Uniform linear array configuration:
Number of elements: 64
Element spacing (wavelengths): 1
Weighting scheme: kaiser
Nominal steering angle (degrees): -60
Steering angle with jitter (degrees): -59.293
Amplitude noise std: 0.05
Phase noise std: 0.05

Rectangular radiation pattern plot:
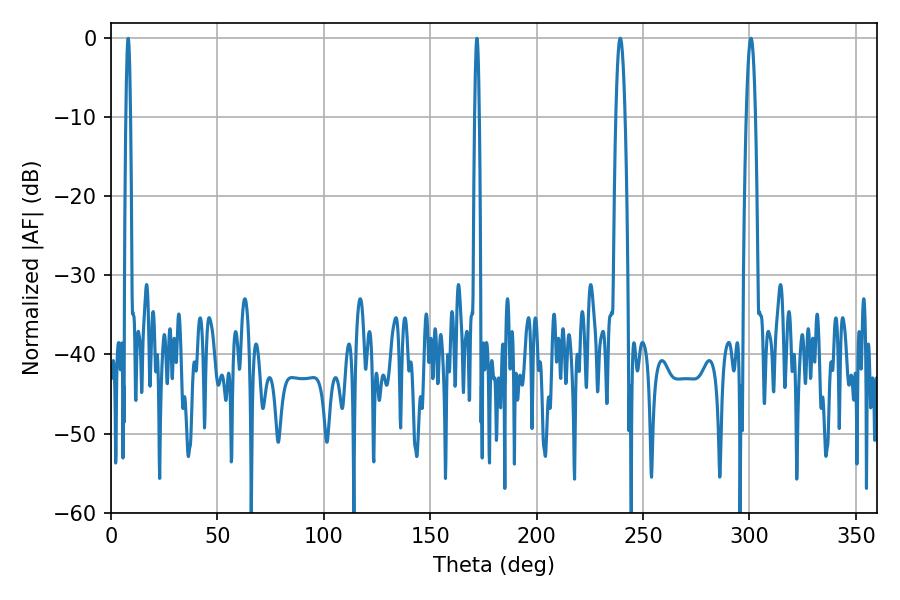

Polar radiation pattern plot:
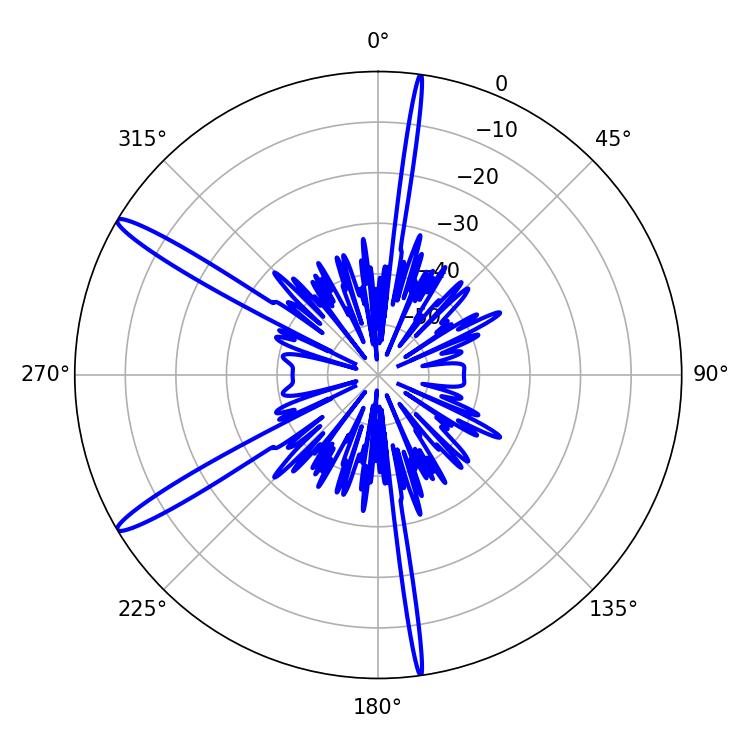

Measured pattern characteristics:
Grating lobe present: TRUE
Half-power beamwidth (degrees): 2.34
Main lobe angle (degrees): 239.22